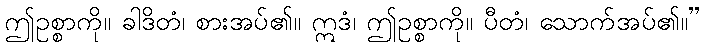
ဤဥစ္စာကို။ ခါဒိတံ၊ စားအပ်၏။ ဣဒံ၊ ဤဥစ္စာကို။ ပီတံ၊ သောက်အပ်၏။”